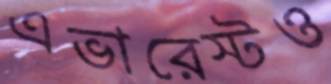
এভারেস্টও